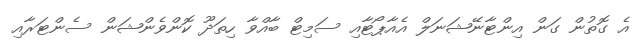
އެ ގޮތުން ގަން އިންޓާނޭޝަނަލް އެއާޕޯޓާއި ސަމިޓް ބާއްވާ ހިތަދޫ ކޮންވެންޝަން ސެންޓަރާއި